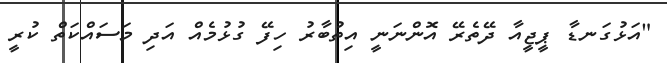
"އަޅުގަނޑާ ޕީޖީއާ ދޭތެރޭ އޮންނަނީ އިތުބާރު ހިފޭ ގުޅުމެއް އަދި މަސައްކަތް ކުރީ